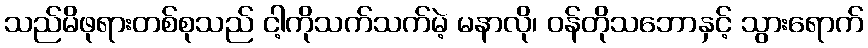
သည်မိဖုရားတစ်စုသည် ငါ့ကိုသက်သက်မဲ့ မနာလို၊ ဝန်တိုသဘောနှင့် သွားရောက်